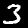
Digit: 3